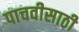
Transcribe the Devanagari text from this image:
पाचवीसाठी